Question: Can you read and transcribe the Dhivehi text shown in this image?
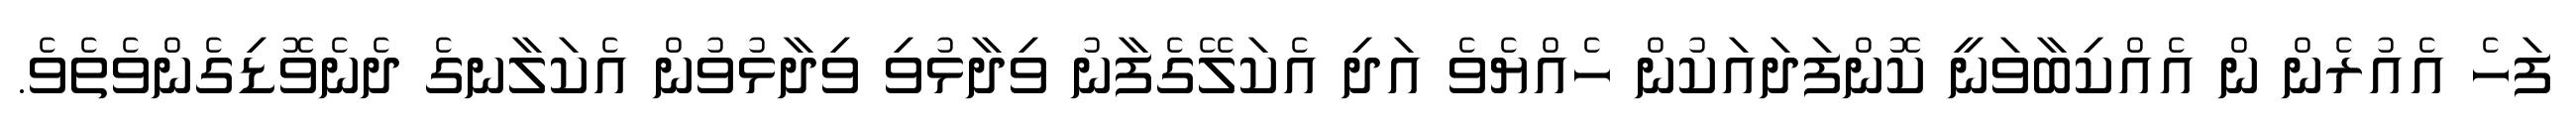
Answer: ފަހެ އެއުރެން ން އެއްކިބާވަނީ ކޮންފަދައަކުން ހެއްޔެވެ އަދި އެކަލޭގެފާނު ވިދާޅުވި ވިދާޅުވުން އެކަލާނގެ ދެނެވޮޑިގެންވެތެވެ.